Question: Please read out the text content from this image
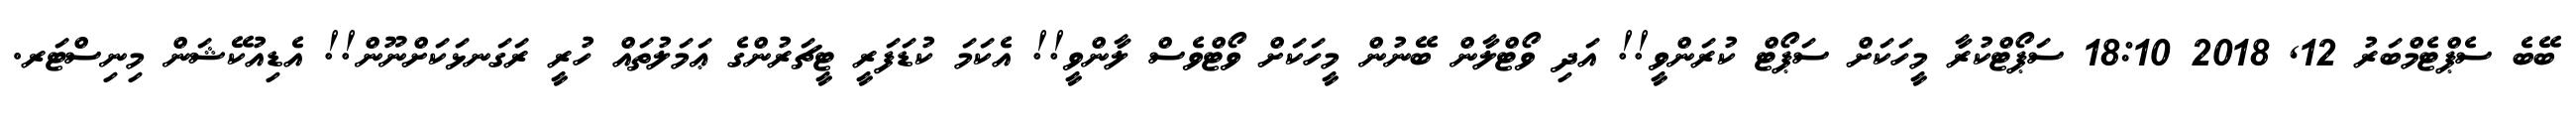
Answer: ބޭބެ ސެޕްޓެމްބަރު 12, 2018 18:10 ސަޕޯޓްކުރާ މީހަކަށް ސަޕޯޓް ކުރަންވީ!! އަދި ވޯޓްލާން ބޭނުން މީހަކަށް ވޯޓްވެސް ލާންވީ!! އެކަމަ ކުޑަފަރީ ޓީޗަރުންގެ ޢަމަލުތައް ހުރީ ރަގަނޅަކަށްނޫން!! އެޑިއުކޭޝަން މިނިސްޓަރ.